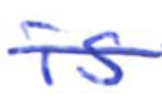
Text: is
Cross-out: single-line
Writing tool: ballpoint